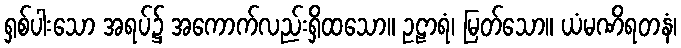
ရှစ်ပါးသော အရပ်၌ အကောက်လည်းရှိထသော။ ဥဠာရံ၊ မြတ်သော။ ယံမဏိရတနံ၊